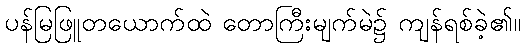
ပန်မြဖြူတယောက်ထဲ တောကြီးမျက်မဲ၌ ကျန်ရစ်ခဲ့၏။